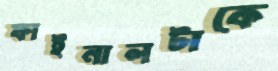
ফাইনালটাকে